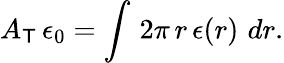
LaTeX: A_{\mathsf{T}}\, \epsilon_{0}=\int\, 2\pi\, r\, \epsilon(r)\, \, dr.